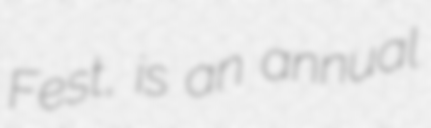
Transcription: Fest, is an annual